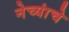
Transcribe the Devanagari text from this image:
नेच्यांचे